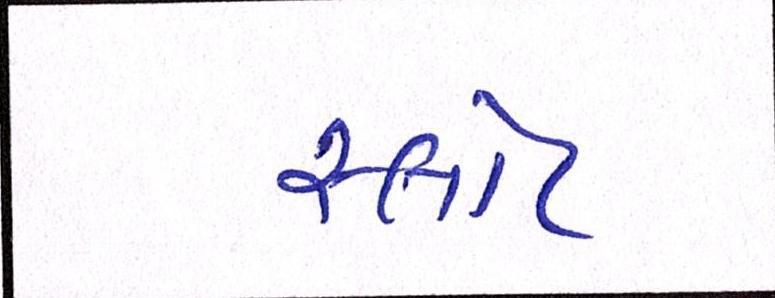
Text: સ્લોટ